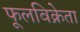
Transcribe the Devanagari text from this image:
फूलविक्रेता